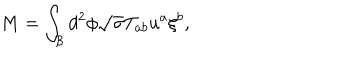
LaTeX: M = \int _ { \mathcal { B } } d ^ { 2 } \phi \sqrt { \sigma } T _ { a b } u ^ { a } \xi ^ { b } ,